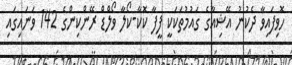
ހޮވިފައިވާ ދެކުނު އޭޝިއާގެ ގައުމުތަކަކީ ފީފާ ކޮކާ-ކޯލާ ވޯލްޑް ރޭންކިންގެ 142 ވަނައިގައި